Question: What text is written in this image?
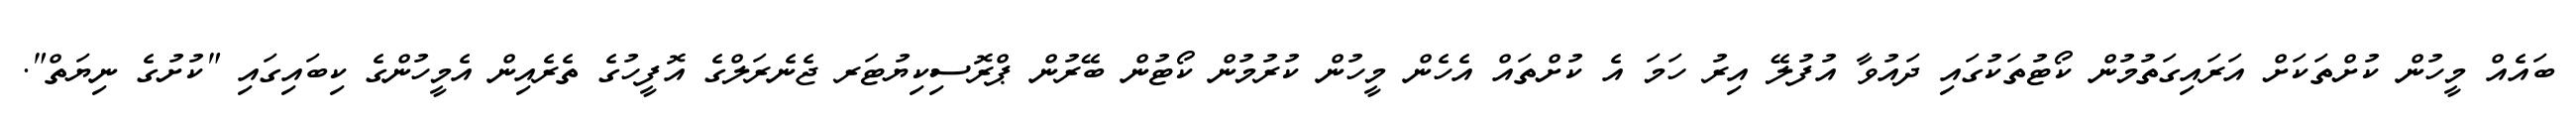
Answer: ބައެއް މީހުން ކުށްތަކަށް އަރައިގަތުމުން ކޯޓުތަކުގައި ދައުވާ އުފުލޭ އިރު ހަމަ އެ ކުށްތައް އެހެން މީހުން ކުރުމުން ކޯޓުން ބޭރުން ޕްރޮސިކިޔުޓަރ ޖެނެރަލްގެ އޮފީހުގެ ތެރެއިން އެމީހުންގެ ކިބައިގައި "ކުށުގެ ނިޔަތް".